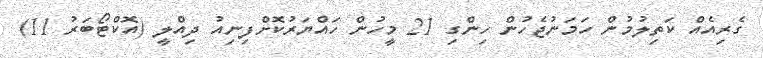
ގެރިއެއް ކަތިލުމުން ހަމަނުޖެހުން ހިންގި 21 މީހުން ހައްޔަރުކޮށްފިނިއު ދިއްލީ (އޮކްޓޯބަރު 11)